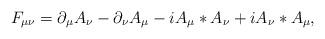
LaTeX: \begin{align*}F_{\mu \nu} = \partial_{\mu} A_{\nu} - \partial_{\nu} A_{\mu} - i A_{\mu} \ast A_{\nu} + i A_{\nu} \ast A_{\mu},\end{align*}